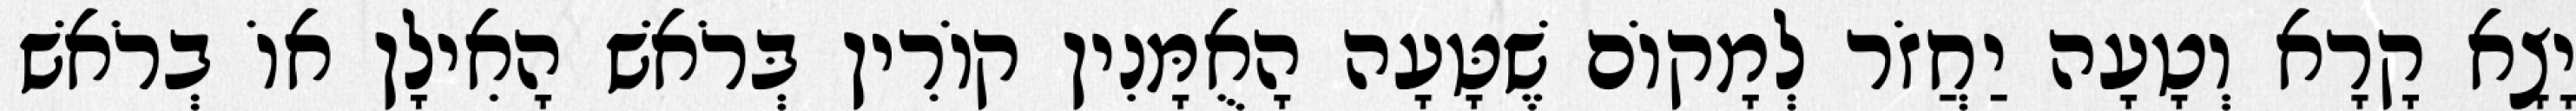
יָצָא קָרָא וְטָעָה יַחֲזֹר לְמָקוֹם שֶׁטָּעָה הָאֻמָּנִין קוֹרִין בְּרֹאשׁ הָאִילָן אוֹ בְרֹאשׁ